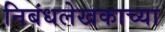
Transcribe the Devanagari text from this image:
निबंधलेखकाच्या